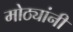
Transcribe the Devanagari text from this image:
मोठ्यांनी